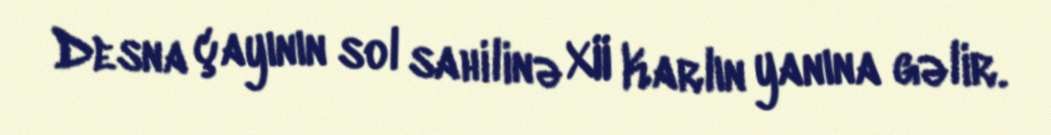
Desna çayının sol sahilinə XII Karlın yanına gəlir.